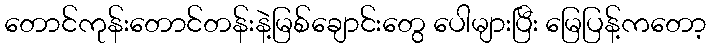
တောင်ကုန်းတောင်တန်းနဲ့မြစ်ချောင်းတွေ ပေါများပြီး မြေပြန့်ကတော့